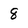
Character: 8